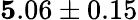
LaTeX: {\mathbf 5.06\pm 0.15}